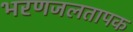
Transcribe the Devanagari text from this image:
भरणजलतापक